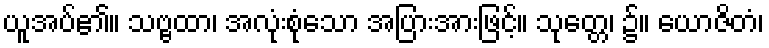
ယူအပ်၏။ သဗ္ဗထာ၊ အလုံးစုံသော အပြားအားဖြင့်။ သုတ္တေ၊ ၌။ ယောဇိတံ၊